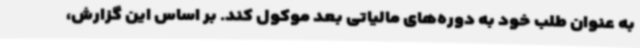
به عنوان طلب خود به دوره‌های مالیاتی بعد موکول کند. بر اساس این گزارش،